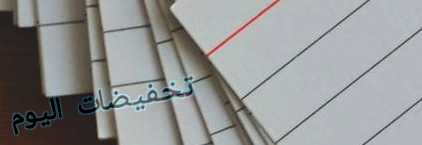
تخفيضات اليوم